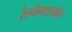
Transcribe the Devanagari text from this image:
रेल्वेगाड्यांत